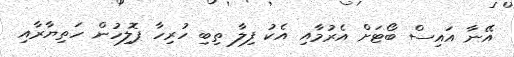
އޭނާ އައިސް ބޯޓަށް އެރުމާއި އެކު ފިލާ ތިބި ހުރިހާ ޕޮލިހުން ހަތިޔާރާއި